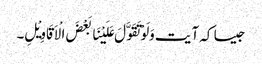
جیسا کہ آیت وَلَوْتَقَوَّلَ عَلَیْنَا بَعْضَ الْاَقَاوِیْلِ۔